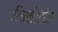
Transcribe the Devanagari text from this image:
रिआलिटीज